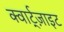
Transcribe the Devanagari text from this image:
क्वार्ट्‌ज़ाइट